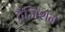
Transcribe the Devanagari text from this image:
ट्रैजिशन